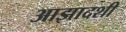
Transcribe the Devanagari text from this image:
आझादशी